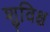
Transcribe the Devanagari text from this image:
शुविश्च